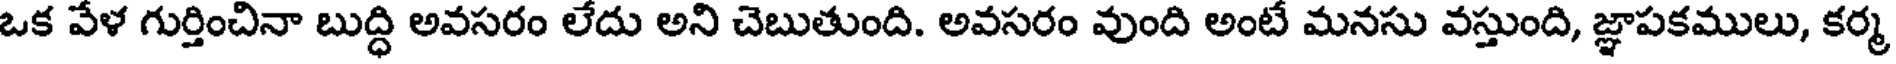
ఒక వేళ గుర్తించినా బుద్ధి అవసరం లేదు అని చెబుతుంది. అవసరం వుంది అంటే మనసు వస్తుంది, జ్ఞాపకములు, కర్మ